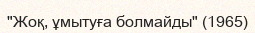
"Жоқ, ұмытуға болмайды" (1965)